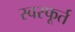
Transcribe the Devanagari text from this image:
स्वस्फूर्त